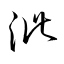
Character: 泚